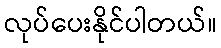
လုပ်ပေးနိုင်ပါတယ်။